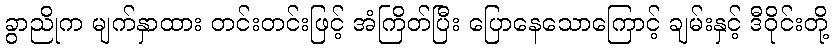
ခွာညိုက မျက်နှာထား တင်းတင်းဖြင့် အံကြိတ်ပြီး ပြောနေသောကြောင့် ချမ်းနှင့် ဒီဝိုင်းတို့